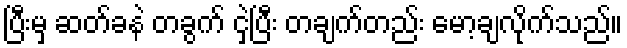
ပြီးမှ ဆတ်ခနဲ တခွက် ငှဲ့ပြီး တချက်တည်း မော့ချလိုက်သည်။